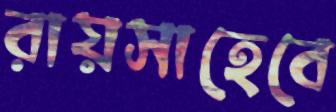
রায়সাহেবে